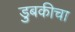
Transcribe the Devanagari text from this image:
डुबकीचा